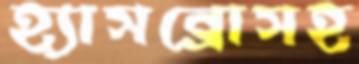
হ্যাসব্রোসহ